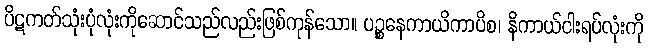
ပိဋကတ်သုံးပုံလုံးကိုဆောင်သည်လည်းဖြစ်ကုန်သော။ ပဉ္စနေကာယိကာပိစ၊ နိကာယ်ငါးရပ်လုံးကို